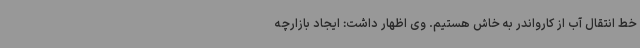
خط انتقال آب از کارواندر به خاش هستیم. وی اظهار داشت: ایجاد بازارچه